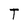
Character: T